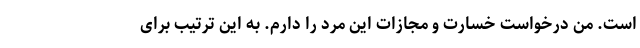
است. من درخواست خسارت و مجازات این مرد را دارم. به این ترتیب برای